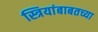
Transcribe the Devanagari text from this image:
स्त्रियांबाबतच्या